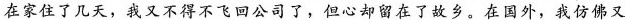
在家住了几天，我又不得不飞回公司了，但心却留在了故乡。在国外，我仿佛又